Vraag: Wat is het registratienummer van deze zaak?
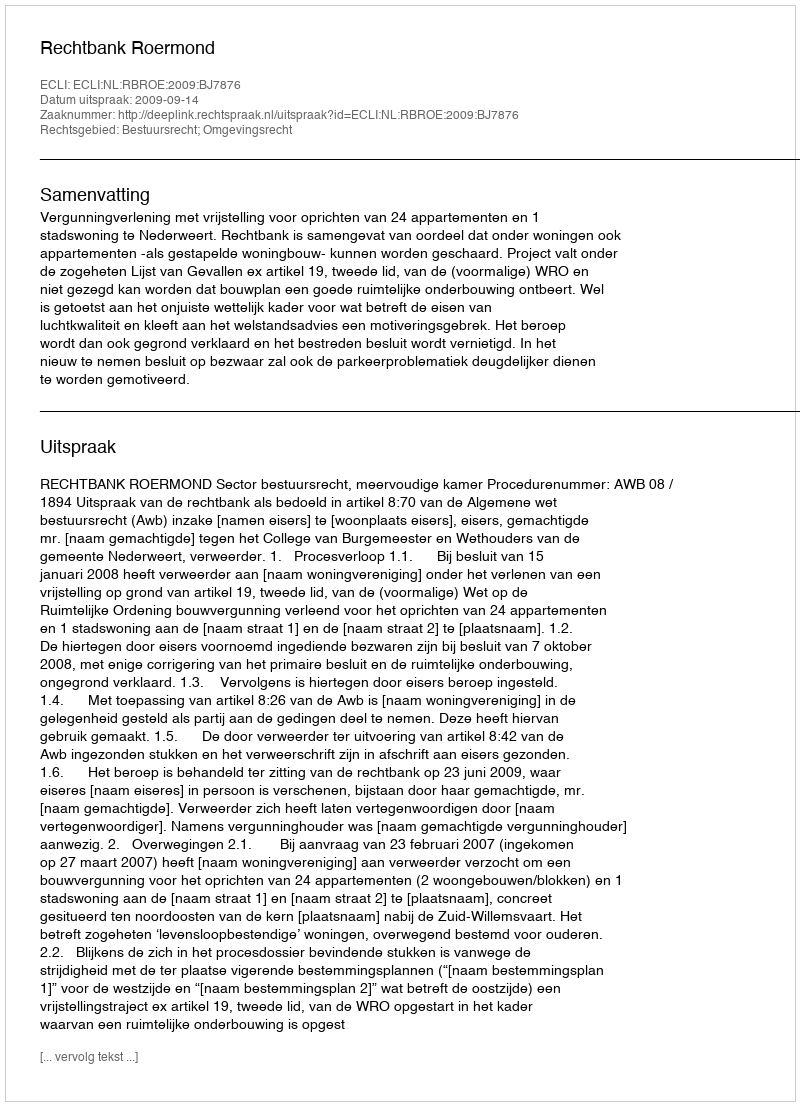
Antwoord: http://deeplink.rechtspraak.nl/uitspraak?id=ECLI:NL:RBROE:2009:BJ7876